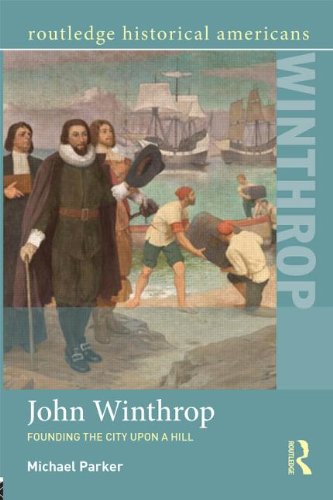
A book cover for John Winthrop: Founding the City Upon a Hill (Routledge Historical Americans); Michael Parker; Biographies & Memoirs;